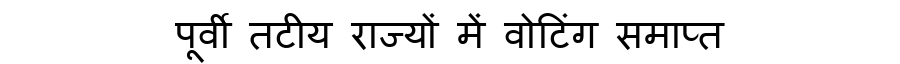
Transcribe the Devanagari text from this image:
पूर्वी तटीय राज्यों में वोटिंग समाप्त